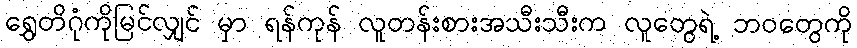
ရွှေတိဂုံကိုမြင်လျှင် မှာ ရန်ကုန် လူတန်းစားအသီးသီးက လူတွေရဲ့ ဘဝတွေကို